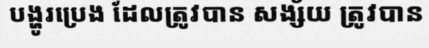
បង្ហូរប្រេង ដែលត្រូវបាន សង្ស័យ ត្រូវបាន